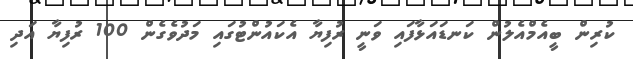
ކުރިން ބީއެމްއެލުން ކަނޑައަޅާފައި ވަނީ ރުފިޔާ އެކައުންޓުގައި މަދުވެގެން 100 ރުފިޔާ އަދި